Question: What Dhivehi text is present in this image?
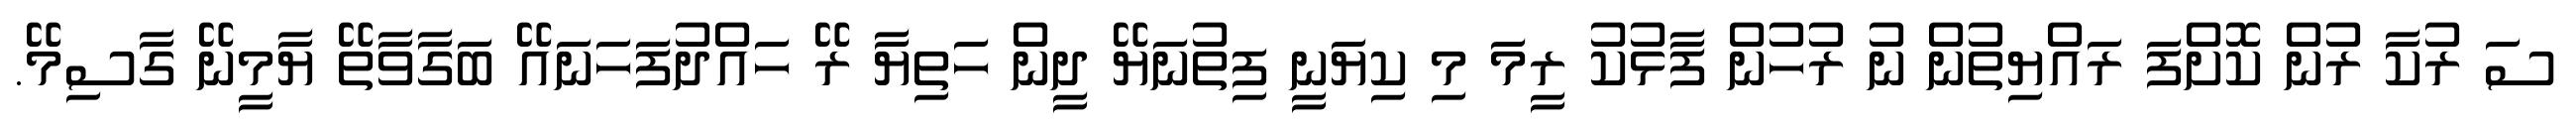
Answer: ސަ ރުކާ ރުން ކޮށްފަ ރައްޔިތުން ނު ރުހުން ފާޅުކު ރީމަ މި ކިޔަނީ ފިތުނަޔޭ ދީން ހަތިޔާ ރޭ ހައްދުފަހަނައޭ ބަގާވާތޭ ޔާމީނޭ ގާސިމޭ.